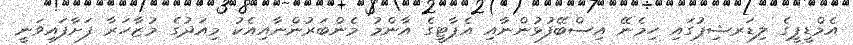
އެމްޑީޕީގެ ލިޑަރޝިޕުގައި ހިމެނޭ އިސްބޭފުޅުންނާއި އެޕާޓީގެ އާންމު މެންބަރުންނާއިއެކު މިއަދުގެ މުޒާހަރާ ފަށާފައިވަނީ